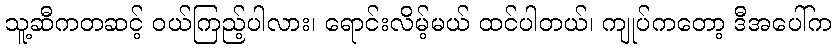
သူ့ဆီကတဆင့် ဝယ်ကြည့်ပါလား၊ ရောင်းလိမ့်မယ် ထင်ပါတယ်၊ ကျုပ်ကတော့ ဒီအပေါ်က